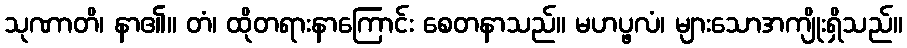
သုဏာတိ၊ နာ၏။ တံ၊ ထိုတရားနာကြောင်း စေတနာသည်။ မဟပ္ဖလံ၊ များသောအကျိုးရှိသည်။